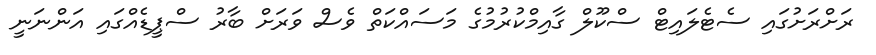
ރަށްރަށުގައި ސެޓެލައިޓް ސްކޫލް ގާއިމްކުރުމުގެ މަސައްކަތް ވެސް ވަރަށް ބާރު ސްޕީޑެއްގައި އަންނަނީ